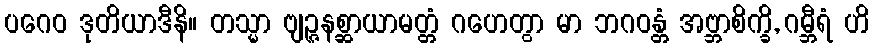
ပဂေဝ ဒုတိယာဒီနိ။ တသ္မာ ဗျဉ္ဇနစ္ဆာယာမတ္တံ ဂဟေတွာ မာ ဘဂဝန္တံ အဗ္ဘာစိက္ခိ, ဂမ္ဘီရံ ဟိ